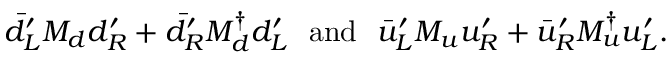
\bar { d } _ { L } ^ { \prime } { \cal M } _ { d } d _ { R } ^ { \prime } + \bar { d } _ { R } ^ { \prime } { \cal M } _ { d } ^ { \dagger } d _ { L } ^ { \prime } \, \, \, \, \mathrm { a n d } \, \, \, \, \bar { u } _ { L } ^ { \prime } { \cal M } _ { u } u _ { R } ^ { \prime } + \bar { u } _ { R } ^ { \prime } { \cal M } _ { u } ^ { \dagger } u _ { L } ^ { \prime } .